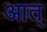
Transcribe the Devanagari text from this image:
आत्